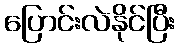
ပြောင်းလဲနိုင်ပြီး